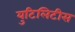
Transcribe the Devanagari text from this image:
युटिलिटीस